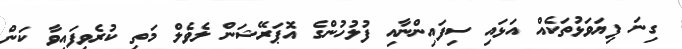
ގިނަ ފިޔަވަޅުތަކެއް އަޅައި ސިފައިންނާއި ފުލުހުންގެ އޮޕަރޭޝަން ލެވެލް މަތި ކުރެވިފައިވާ ކަން